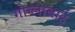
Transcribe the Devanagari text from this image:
गोग्लाबाई